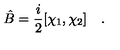
\hat { B } = { \frac { i } { 2 } } [ \chi _ { 1 } , \chi _ { 2 } ] \quad .